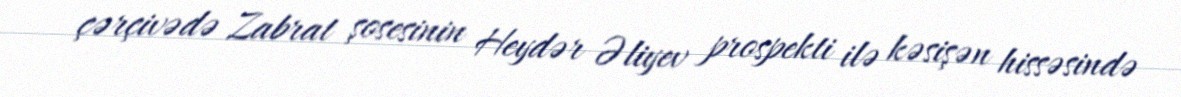
çərçivədə Zabrat şosesinin Heydər Əliyev prospekti ilə kəsişən hissəsində